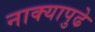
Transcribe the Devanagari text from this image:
नाक्‍यापुढे